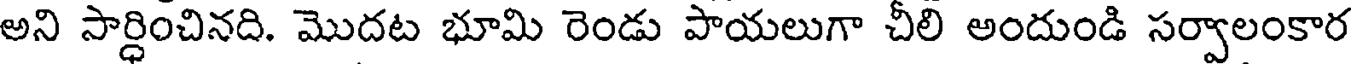
అని సార్ధించినది. మొదట భూమి రెండు పాయలుగా చీలి అందుండి సర్వాలంకార